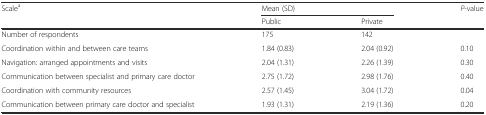
<table><thead><tr><td><b>Scale<sup>a</sup></b></td><td colspan="2"><b>Mean (SD)</b></td><td><b><i>P</i>-value</b></td></tr><tr><td></td><td><b>Public</b></td><td><b>Private</b></td><td></td></tr></thead><tbody><tr><td>Number of respondents</td><td>175</td><td>142</td><td></td></tr><tr><td>Coordination within and between care teams</td><td>1.84 (0.83)</td><td>2.04 (0.92)</td><td>0.10</td></tr><tr><td>Navigation: arranged appointments and visits</td><td>2.04 (1.31)</td><td>2.26 (1.39)</td><td>0.30</td></tr><tr><td>Communication between specialist and primary care doctor</td><td>2.75 (1.72)</td><td>2.98 (1.76)</td><td>0.40</td></tr><tr><td>Coordination with community resources</td><td>2.57 (1.45)</td><td>3.04 (1.72)</td><td>0.04</td></tr><tr><td>Communication between primary care doctor and specialist</td><td>1.93 (1.31)</td><td>2.19 (1.36)</td><td>0.20</td></tr></tbody></table>